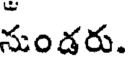
నుండరు.